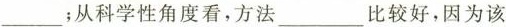
___；从科学性角度看，方法___比较好，因为该